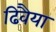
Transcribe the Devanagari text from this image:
ढिवैया